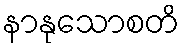
နာနုသောစတိ